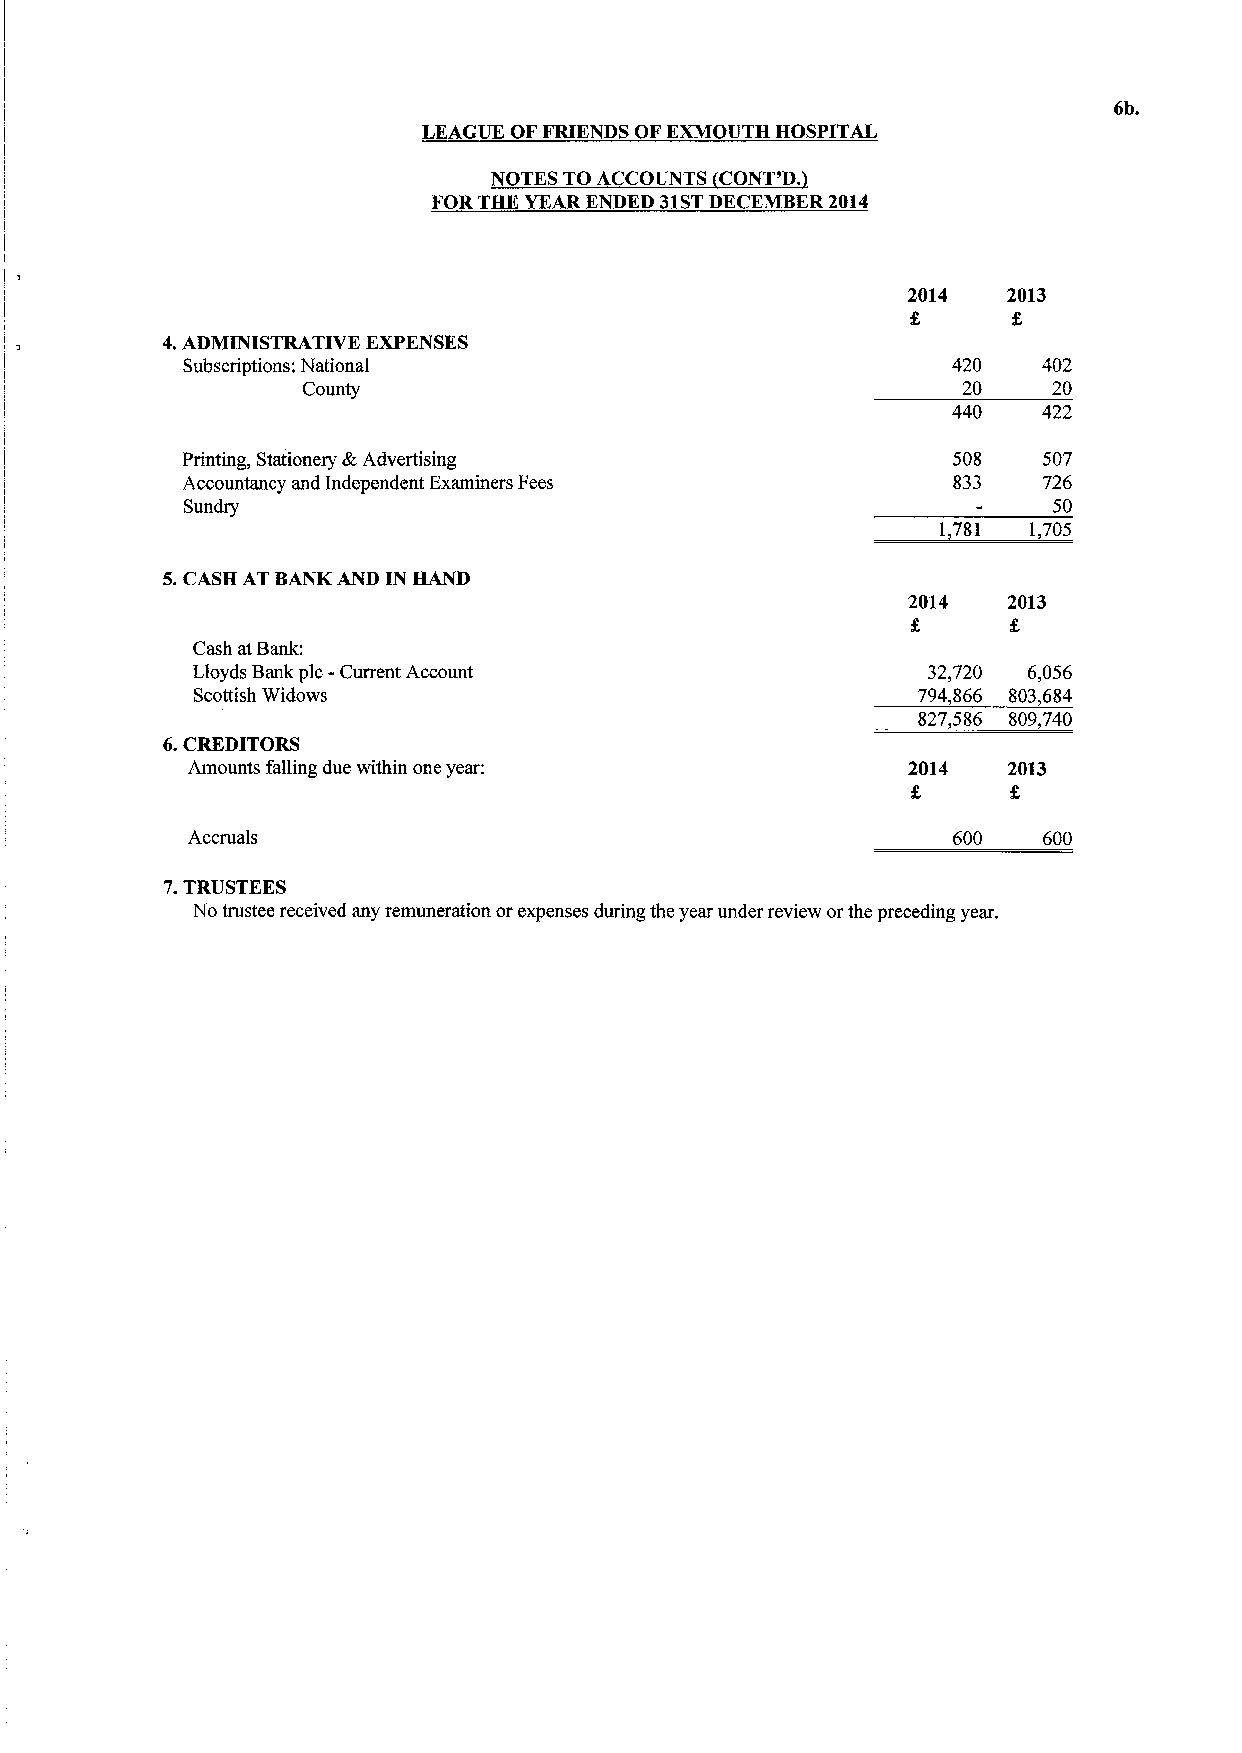
6b.
 LEAGUE OFFRIENDS OF EXMOUTH HOSPITAL
 NOTES TO ACCOUNTS CONT'D.
 FOR THE YEARENDED 31STDECEMBER 2014
 2014   2013
 4.ADMINISTRATIVE EXPENSES
 Subscriptions; National                            420   402
 County                                      20    20
 440   422
 Printing, Stationery BcAdvertising                 508   507
 Accountancy and Independent Examiners Fees         833   726
 Sundry                                                    50
 1781  1,705
 5.CASH AT BANK AND IN HAND
 2014   2013
 f.
 Cash atBank:
 Lloyds Bank pic -Current Account                32,720 6,056
 Scottish Widows                                 794,866 803,684
 827,586 809,740
 6.CREDITORS
 Amounts falling due within one year:            2014   2013
 Accruals                                           600   600
 7.TRUSTEES
 No trustee received any remuneration orexpenses during the year under review or the preceding year.